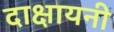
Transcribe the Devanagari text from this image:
दाक्षायनी